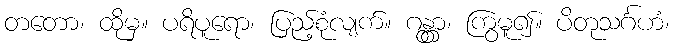
တတော၊ ထိုမှ။ ပရိပူရော၊ ပြည့်စုံလျက်။ ဂန္တွာ၊ ကြွမူ၍။ ပိတုသင်္ဂဟံ၊